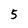
Character: 5